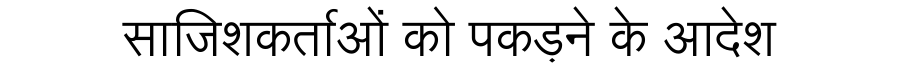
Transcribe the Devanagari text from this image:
साजिशकर्ताओं को पकड़ने के आदेश